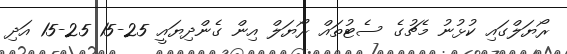
ރޯޔަލްގައި ކުޅުނު މެޗުގެ ސެޓުތައް ރޯޔަލް އިން ގެންދިޔައީ 25-15 25-15 އަދި